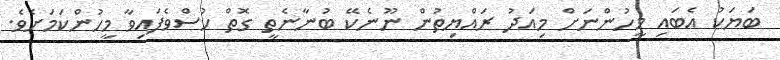
ބަޔަކު އެބައި މީހުންނަށް މިއަދު ރައްޔިތުން ނޫނެކޭ ބުނާނެތީ ގޮތް ހުސްވެފައިވާ މީހުންކަމަށެވެ.